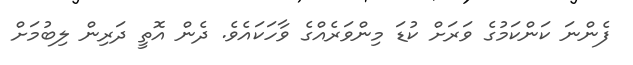
ފެންނަ ކަންކަމުގެ ވަރަށް ކުޑަ މިންވަރެއްގެ ވާހަކައެވެ. ދެން އޮތީ ދަރިން ލިބުމަށް